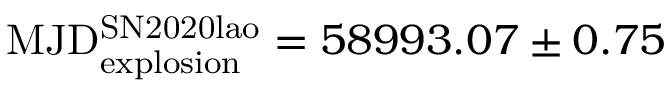
\mathrm { M J D _ { e x p l o s i o n } ^ { S N 2 0 2 0 l a o } } = 5 8 9 9 3 . 0 7 \pm 0 . 7 5